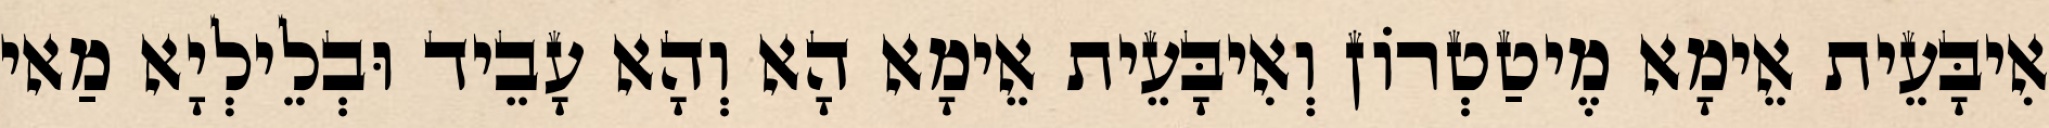
אִיבָּעֵית אֵימָא מֶיטַטְרוֹן וְאִיבָּעֵית אֵימָא הָא וְהָא עָבֵיד וּבְלֵילְיָא מַאי